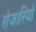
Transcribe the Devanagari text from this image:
रोजारियो